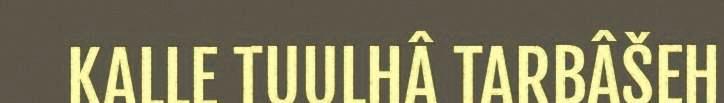
KALLE TUULHÂ TARBÂŠEH